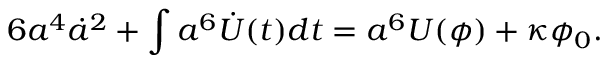
6 a ^ { 4 } \dot { a } ^ { 2 } + \int a ^ { 6 } \dot { U } ( t ) d t = a ^ { 6 } U ( \phi ) + \kappa \phi _ { 0 } .